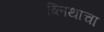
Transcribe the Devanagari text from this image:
ब्लिथाचा